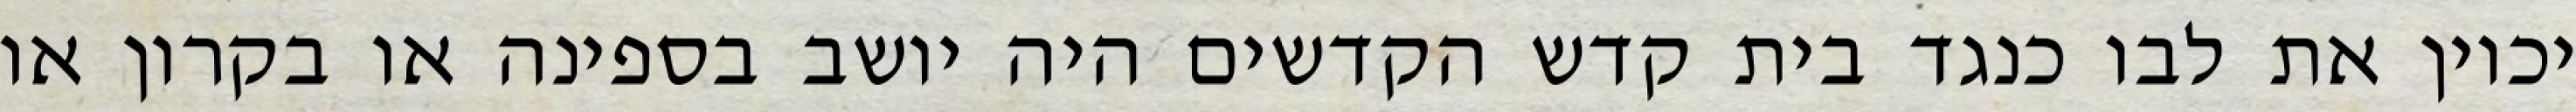
יכוין את לבו כנגד בית קדש הקדשים היה יושב בספינה או בקרון או